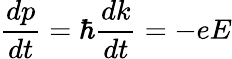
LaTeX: {\frac{dp}{dt}}=\hbar{\frac{dk}{dt}}=-eE